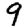
Digit: 9